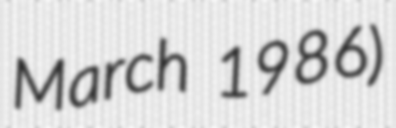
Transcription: March 1986)